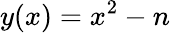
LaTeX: y(x)=x^{2}-n